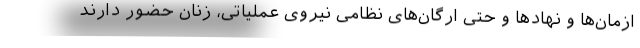
ازمان‌ها و نهادها و حتی ارگان‌های نظامی نیروی عملیاتی، زنان حضور دارند